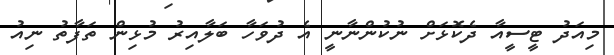
މިއަދު ޓީސީއާ ދެކޮޅަށް ނުކުންނާނީ އެ ދުވަހާ ބަލާއިރު މުޅިން ތަފާތު ނިއު